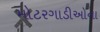
મોટરગાડીઓના